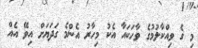
މި ގެ ވިއްކާލުމުގެ ވާހަކައާ އެކު މިހާރު އެންމެ ގަދަޔަށް އިވޭ އެއް